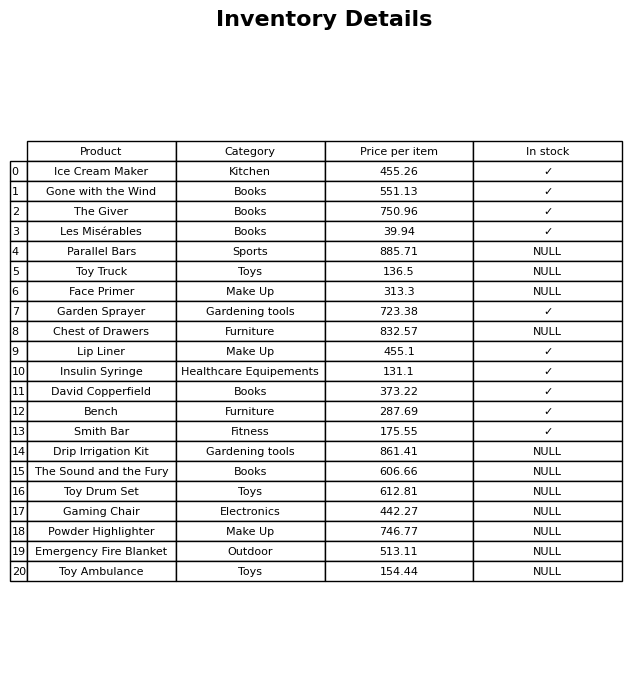
question: What is the price of the Lip Liner?
answer: The price of Lip Liner is 455.1.